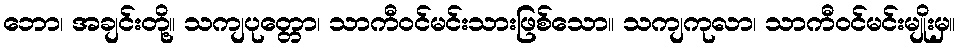
ဘော၊ အချင်းတို့။ သကျပုတ္တော၊ သာကီဝင်မင်းသားဖြစ်သော။ သကျကုလာ၊ သာကီဝင်မင်းမျိုးမှ။